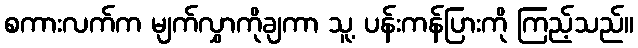
စကားလက်က မျက်လွှာကိုချကာ သူ့ ပန်းကန်ပြားကို ကြည့်သည်။